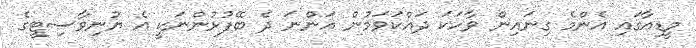
މީޑިއާގައި އެންމެ ގިނައިން ވާހަކަ ދައްކަވަމުން އަންނަ ދެ ބޭފުޅުންނަކީ އެ ޔުނިވާސިޓީގެ